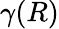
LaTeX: \gamma(R)